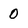
Character: 0